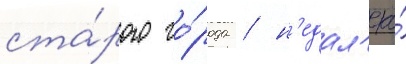
ста́рого го́рода / н'едал'еко́